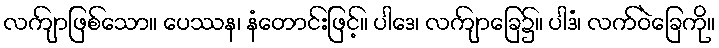
လကျ်ာဖြစ်သော။ ပေဿန၊ နံတောင်းဖြင့်။ ပါဒေ၊ လကျ်ာခြေ၌။ ပါဒံ၊ လက်ဝဲခြေကို။